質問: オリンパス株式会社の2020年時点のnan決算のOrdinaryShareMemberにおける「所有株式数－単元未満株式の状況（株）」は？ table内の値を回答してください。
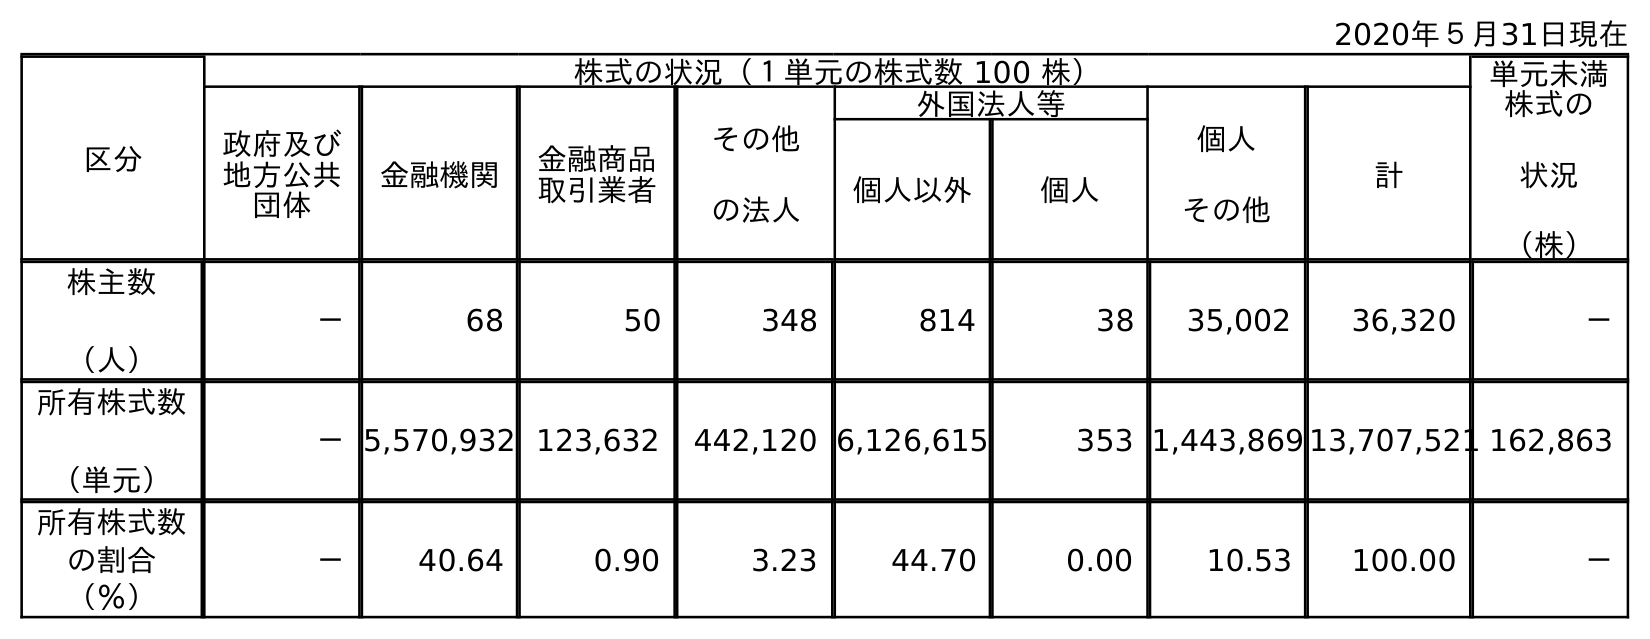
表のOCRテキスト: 2020年５月31日現在 区分 株式の状況（１単元の株式数 100 株） 単元未満 株式の 状況 （株） 政府及び 地方公共 団体 金融機関 金融商品 取引業者 その他 の法人 外国法人等 個人 その他 計 個人以外 個人 株主数 （人） － 68 50 348 814 38 35,002 36,320 － 所有株式数 （単元） －5,570,932 123,632 442,120 6,126,615 353 1,443,869 13,707,521 162,863 所有株式数 の割合 （％） － 40.64 0.90 3.23 44.70 0.00 10.53 100.00 －
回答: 162,863